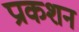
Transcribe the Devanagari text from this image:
प्राकशन